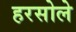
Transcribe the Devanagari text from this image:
हरसोले